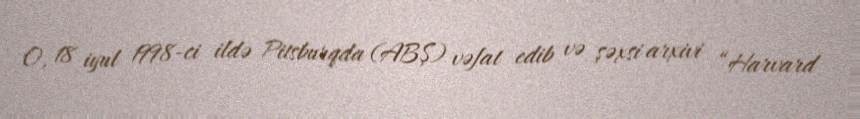
O, 18 iyul 1998-ci ildə Pitsburqda (ABŞ) vəfat edib və şəxsi arxivi “Harvard